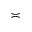
\asymp